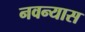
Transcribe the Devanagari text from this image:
नवन्यास